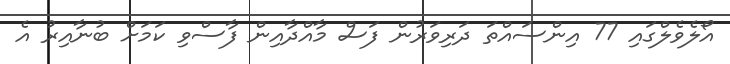
އޯލެވެލްގައި 77 އިންސައްތަ ދަރިވަރުން ފަސް މާއްދާއިން ފާސްވި ކަމަށް ބުނާއިރު އެ